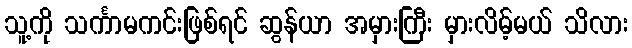
သူ့ကို သင်္ကာမကင်းဖြစ်ရင် ဆွန်ယာ အမှားကြီး မှားလိမ့်မယ် သိလား